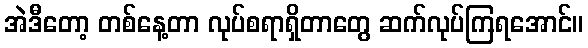
အဲဒီတော့ တစ်နေ့တာ လုပ်စရာရှိတာတွေ ဆက်လုပ်ကြရအောင်။